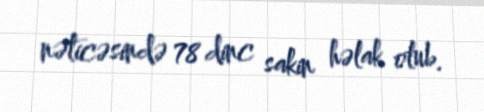
nəticəsində 78 dinc sakin həlak olub.